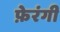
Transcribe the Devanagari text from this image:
फ़ेरंगी